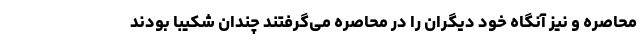
محاصره و نیز آنگاه خود دیگران را در محاصره می‌گرفتند چندان شکیبا بودند